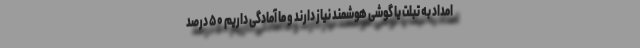
امداد به تبلت یا گوشی هوشمند نیاز دارند و ما آمادگی داریم ۵۰ درصد